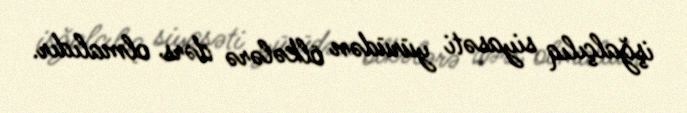
işğalçılıq siyasəti yürüdən ölkələrə dərs olmalıdır.